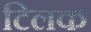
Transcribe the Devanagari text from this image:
टिलक